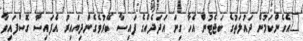
"އެހެންކަމުން ދައުލަތުގެ ބަޖެޓުން އެހާ ގިނަ އަދަދެއްގެ ފައިސާ ބޭރުވެގެންދިޔައިރު އެފައިސާ ގޮސްފައިވާ